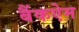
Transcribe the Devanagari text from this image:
बैंकऐम